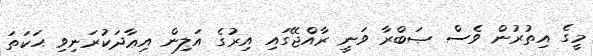
މީގެ އިތުރުން ވެސް ޞަބްރާ ވަނީ ރާއްޖޭގައި އިރުގެ އަލިން އިޢާދަކުރަނިވި ޙަކަތަ